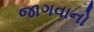
જાગવાનો